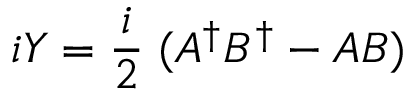
i Y = \frac { i } { 2 } \; ( A ^ { \dagger } B ^ { \dagger } - A B )